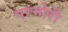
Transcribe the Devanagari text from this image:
परमोरी